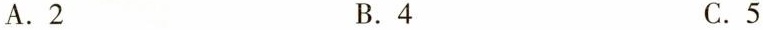
A.2 B.4 C.5